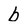
Character: b